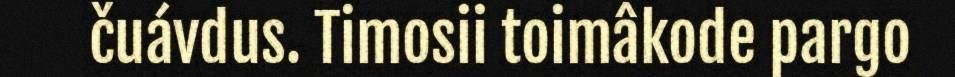
čuávdus. Timosii toimâkode pargo